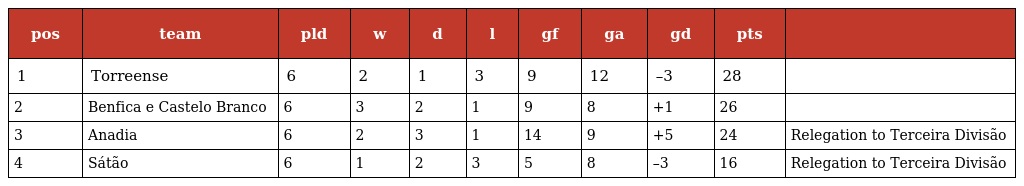
| pos | team | pld | w | d | l | gf | ga | gd | pts |  |
 | --- | --- | --- | --- | --- | --- | --- | --- | --- | --- | --- |
 | 1 | Torreense | 6 | 2 | 1 | 3 | 9 | 12 | –3 | 28 |  |
 | 2 | Benfica e Castelo Branco | 6 | 3 | 2 | 1 | 9 | 8 | +1 | 26 |  |
 | 3 | Anadia | 6 | 2 | 3 | 1 | 14 | 9 | +5 | 24 | Relegation to Terceira Divisão |
 | 4 | Sátão | 6 | 1 | 2 | 3 | 5 | 8 | –3 | 16 | Relegation to Terceira Divisão |